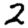
Digit: 2